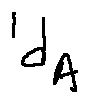
l _ { d _ { A } }